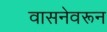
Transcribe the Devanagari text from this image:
वासनेवरून